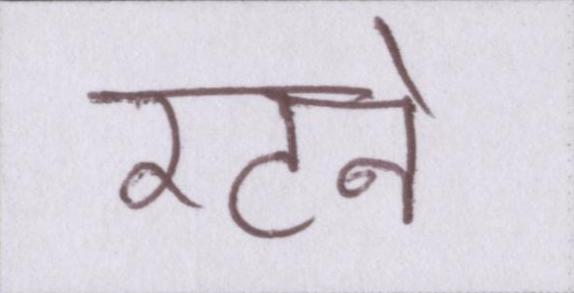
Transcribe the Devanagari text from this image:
रटने